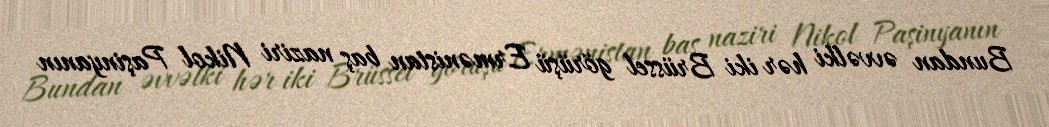
Bundan əvvəlki hər iki Brüssel görüşü Ermənistan baş naziri Nikol Paşinyanın